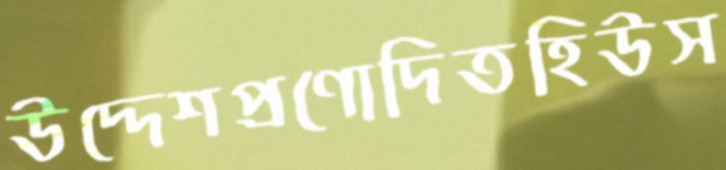
উদ্দেশপ্রণোদিতহিউস